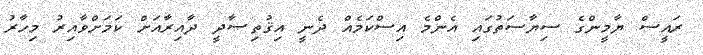
ރައީސް ޔާމީންގެ ސިޔާސަތުގައި އެންމެ އިސްކަމެއް ދެނީ އިޤުތިޞާދީ ދާއިރާއަށް ކަމަށްވާއިރު މިހާރު